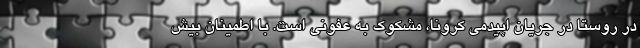
در روستا در جریان اپیدمی کرونا، مشکوک به عفونی است. با اطمینان بیش